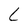
Character: L